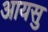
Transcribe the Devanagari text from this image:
आयसु